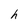
Character: h